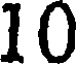
10